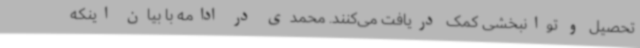
تحصیل و توانبخشی کمک دریافت می‌کنند. محمدی در ادامه با بیان اینکه